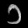
Digit: ၁